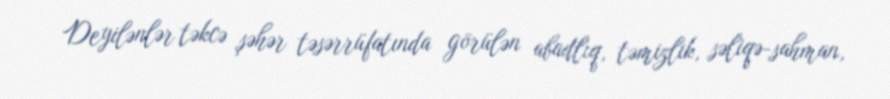
Deyilənlər təkcə şəhər təsərrüfatında görülən abadlıq, təmizlik, səliqə-sahman,